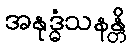
အနုဒ္ဓံသနန္တိ